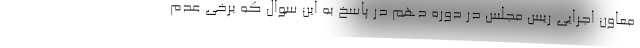
معاون اجرایی ریس مجلس در دوره دهم در پاسخ به این سوال که برخی عدم